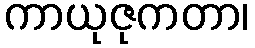
ကာယုဇုကတာ၊